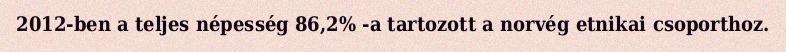
2012-ben a teljes népesség 86,2% -a tartozott a norvég etnikai csoporthoz.